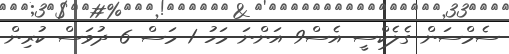
ސެމްސަން ގެލެކްސީ އެސް9 އަންނަ މަހު 1 މަސް 6 ދުވަސް ކުރިން